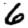
Digit: 6